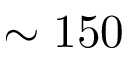
\sim 1 5 0